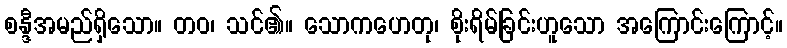
စန္ဒီအမည်ရှိသော။ တဝ၊ သင်၏။ သောကဟေတု၊ စိုးရိမ်ခြင်းဟူသော အကြောင်းကြောင့်။